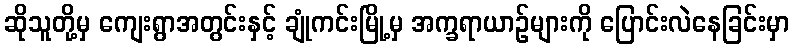
ဆိုသူတို့မှ ကျေးရွာအတွင်းနှင့် ချုံကင်းမြို့မှ အက္ခရာယာဉ်များကို ပြောင်းလဲနေခြင်းမှာ